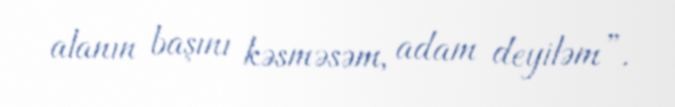
alanın başını kəsməsəm, adam deyiləm”.